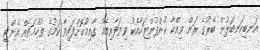
އަނބިކަނބަލުން ބޭރުގެ ރަން ވިއްކާ ކުންފުންޏަކާއެކު ވިޔަފާރިއެއް ގާއިމުކޮށްފައިވާ ކަމުގެ ތުހުމަތެއް އެންޓި